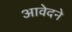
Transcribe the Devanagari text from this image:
आवेदने